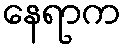
နေရာက